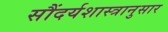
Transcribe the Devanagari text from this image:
सौंदर्यशास्त्रानुसार